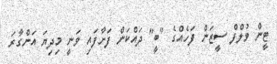
ޓީން ވުލްފް ސީޒަން ފަހެއްގެ "ބީ" ދައްކަން ފަށާފައި ވަނީ މިދިޔަ އަންގާރަ